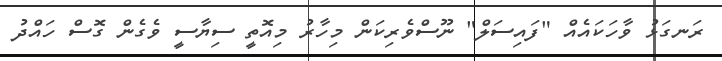
ރަނގަޅު ވާހަކައެއް "ފައިސަލް" ނޫސްވެރިކަން މިހާރު މިއޮތީ ސިޔާސީ ވެގެން ގޮސް ހައްދު